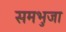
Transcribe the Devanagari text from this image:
समभुजा